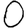
Digit: 0